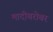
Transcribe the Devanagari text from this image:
मादीबरोबर